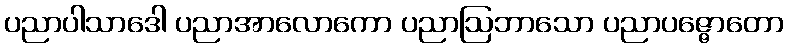
ပညာပါသာဒေါ ပညာအာလောကော ပညာဩဘာသော ပညာပဇ္ဇောတော